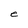
Character: e